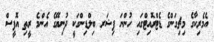
އެމެރިކާގެ މިޗިގަންގެ ޑެޓްރޮއިޓްގައި ހުންނަ ފިޝަރ ބިލްޑިންގަކީ ދުނިޔޭގެ އެންމެ ރީތި އޮފީސް